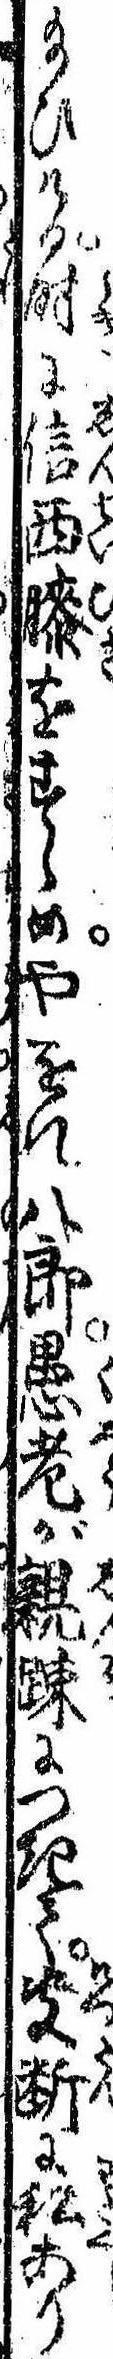
給ひける時に信西膝をすゝめやをれ八郎愚老が親疎につきて決断に私あり